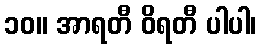
၁၀။ အာရတီ ဝိရတီ ပါပါ၊